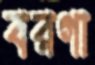
বরগা